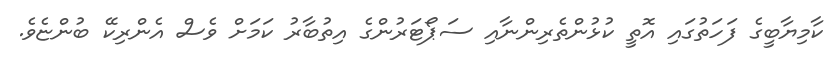
ކާމިޔާބީގެ ފަހަތުގައި އޮތީ ކުޅުންތެރިންނާއި ސަޕޯޓަރުންގެ އިތުބާރު ކަމަށް ވެސް އެންރިކޭ ބުންޏެވެ.